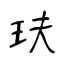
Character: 玞